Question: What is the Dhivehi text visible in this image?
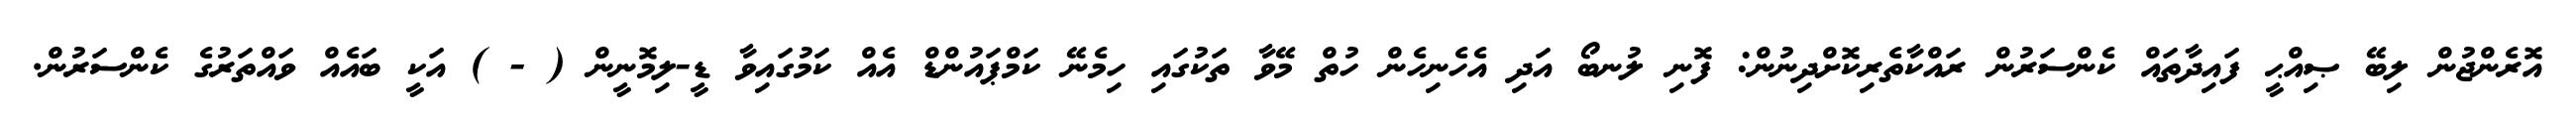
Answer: އޮރެންޖުން ލިބޭ ޞިއްޙީ ފައިދާތައް ކެންސަރުން ރައްކާތެރިކޮށްދިނުން: ފޮނި ލުނބޯ އަދި އެހެނިހެން ހުތް މޭވާ ތަކުގައި ހިމެނޭ ކަމްޕައުންޑް އެއް ކަމުގައިވާ ޑީ-ލިމޮނީން ( - ) އަކީ ބައެއް ވައްތަރުގެ ކެންސަރުން.